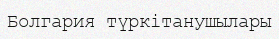
Болгария түркітанушылары